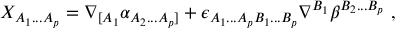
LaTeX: X _ { A _ { 1 } . . . A _ { p } } = \nabla _ { [ A _ { 1 } } \alpha _ { A _ { 2 } . . . A _ { p } ] } + \epsilon _ { A _ { 1 } . . . A _ { p } B _ { 1 } . . . B _ { p } } \nabla ^ { B _ { 1 } } \beta ^ { B _ { 2 } . . . B _ { p } } \ ,